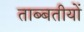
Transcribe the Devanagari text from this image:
ताब्बतीयों